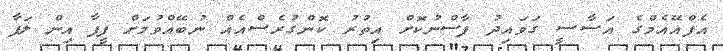
އެފްއޭއެމްގެ އަސާސީ ގަވައިދު ފާސްނުކޮށް އިތުރު ކޮންގުރެސްއެއް ނުބޭއްވުމަށް ފީފާ އިން ލަފާ